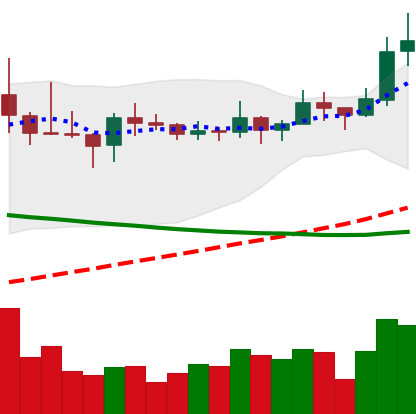
Ticker: LINK-USD
Chart end date: 2019-11-14
Forward return: -10.005%
Label: down_7plus